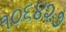
૧૦૬૪૨૭